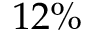
1 2 \%